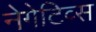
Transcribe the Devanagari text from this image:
नेगेटिव्स